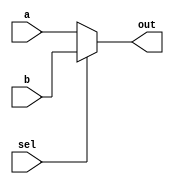
module mux (out,
				sel,
				a,
				b
				);

	parameter DATA_WIDTH = 32;
	
	output [DATA_WIDTH-1 : 0] out;
	  
	input sel;
	input [DATA_WIDTH-1 : 0] a;
	input [DATA_WIDTH-1 : 0] b;

	assign out = (sel) ? b : a;
  
endmodule